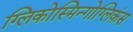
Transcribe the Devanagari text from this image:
ग्लिकोस्मिन्गोग्लिकंस